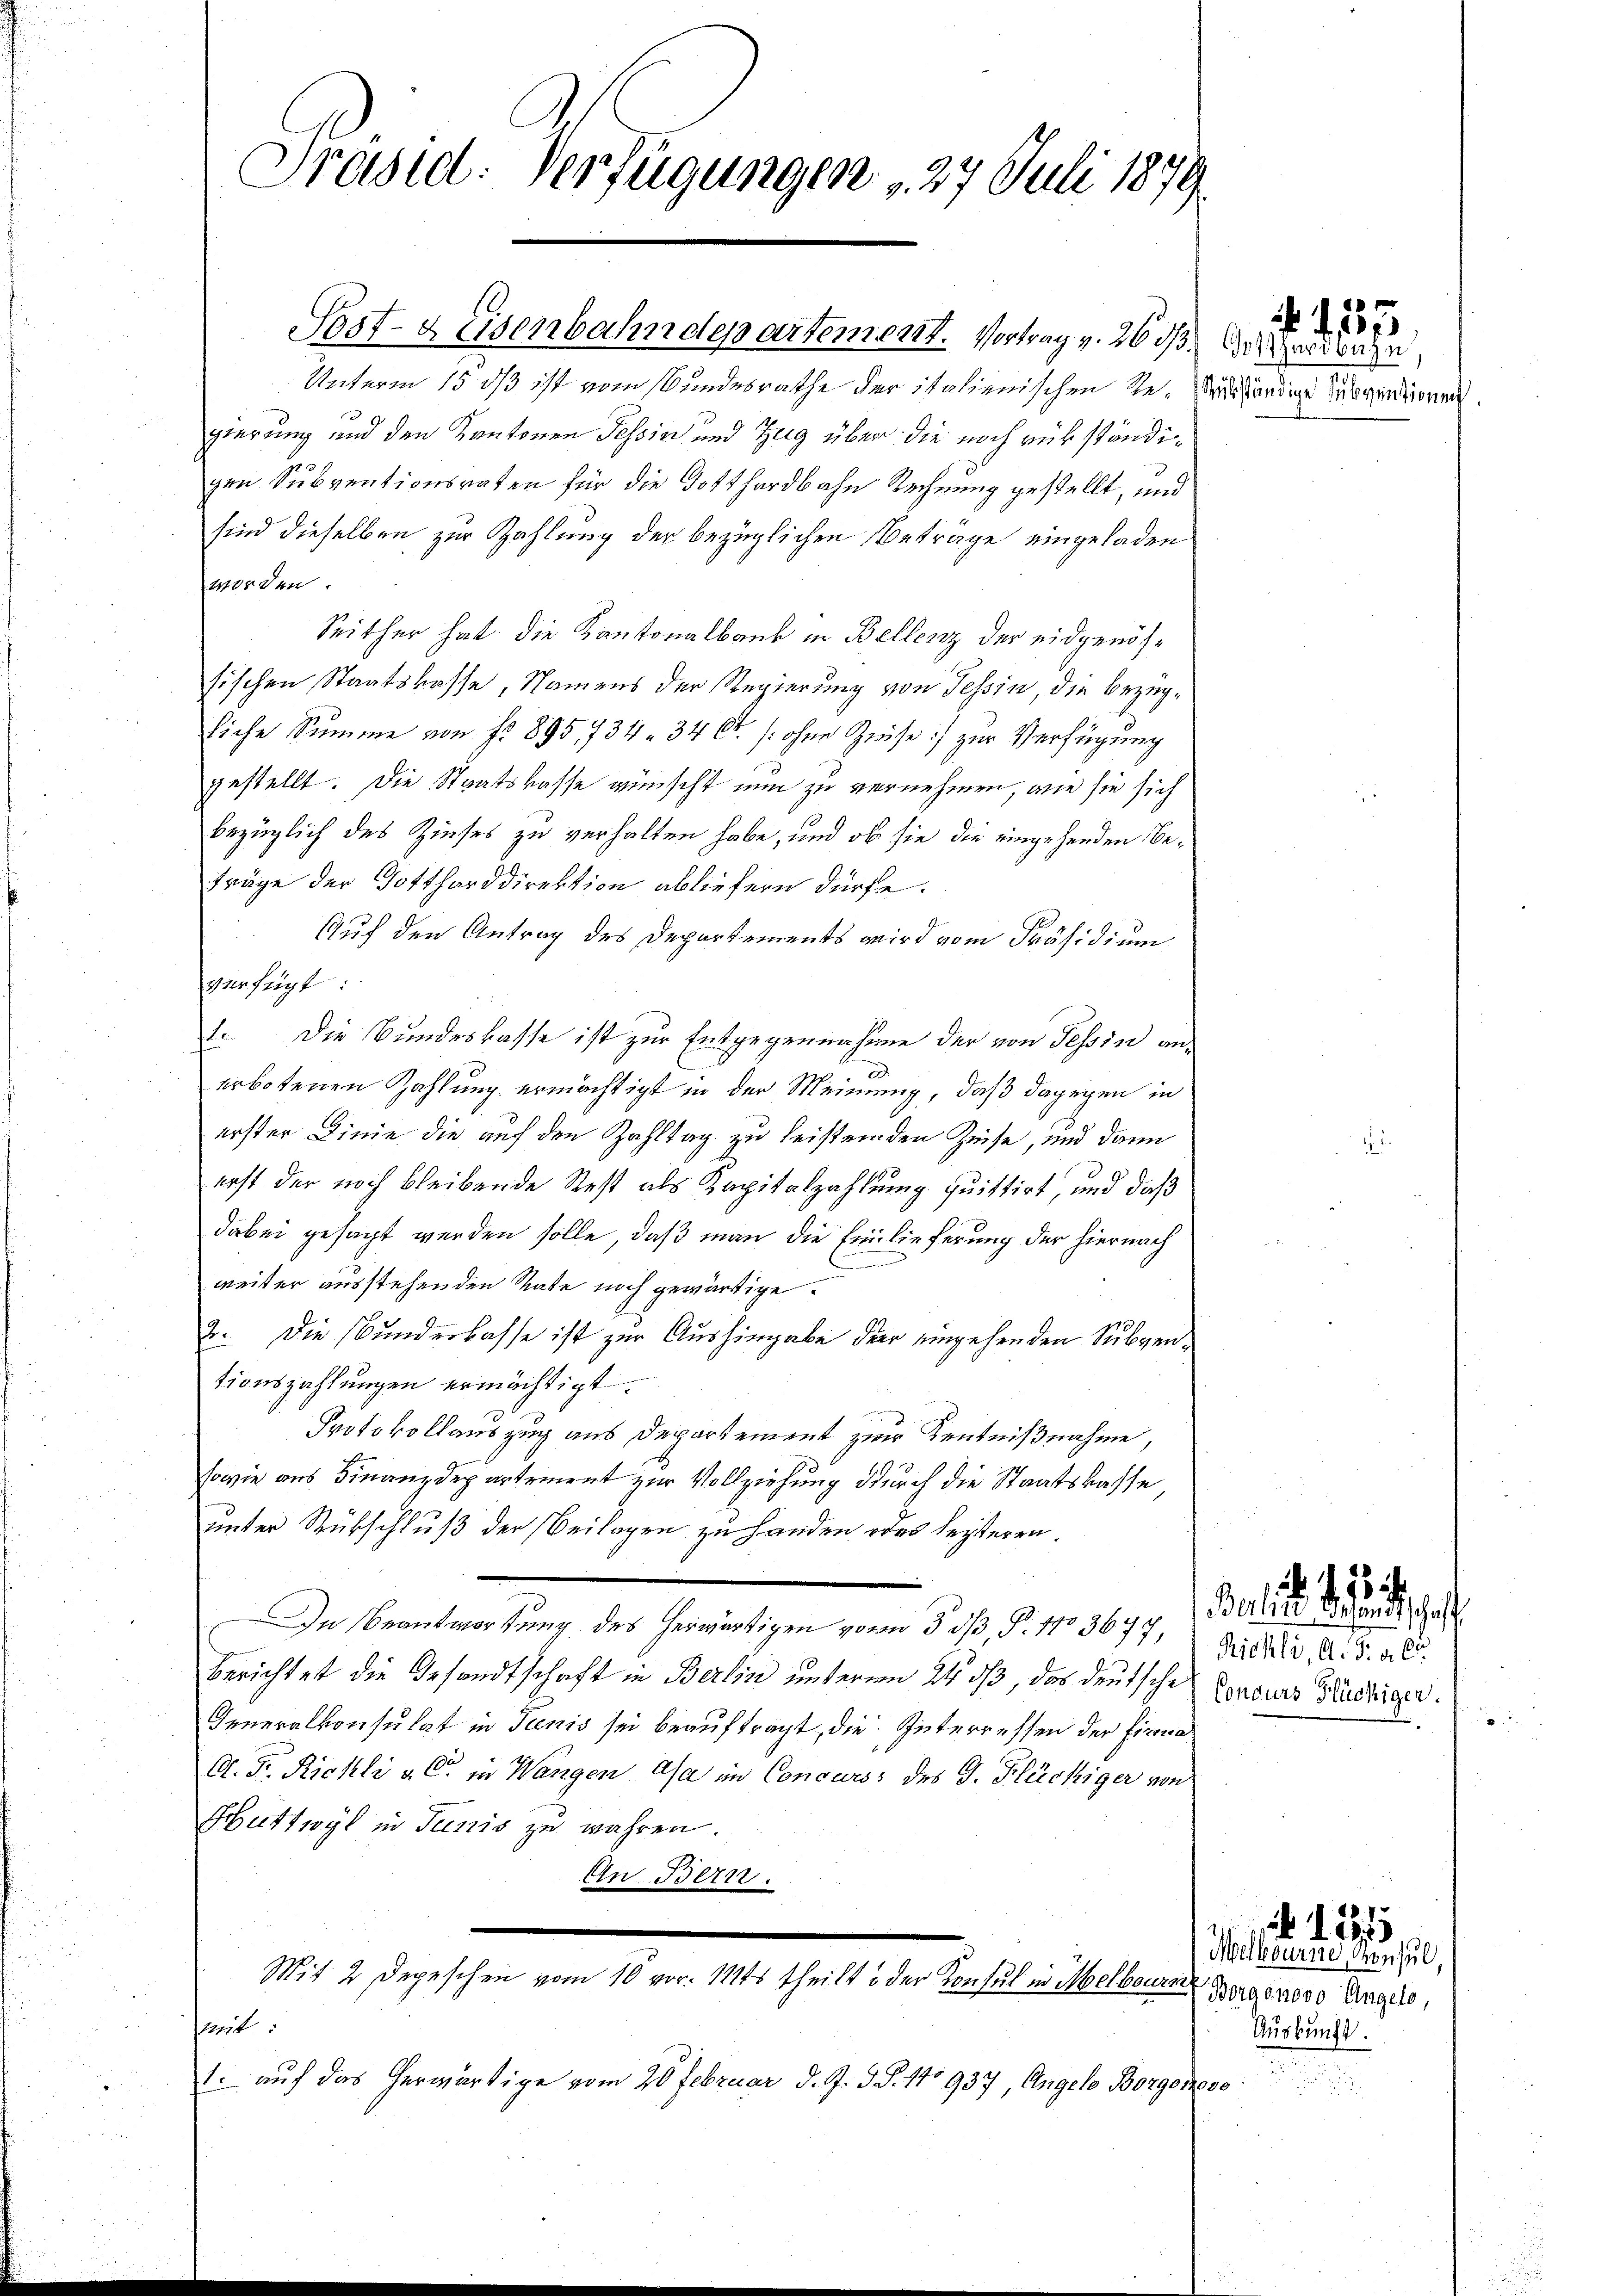
Präsid. Verfügungen , 27 Juli 1879.

Sost- & Eisenbahndepartement. Vortrag v. 26 dß.

Unterm 15 dß ist vom Bundesrathe der italienischen Re- Prushändige Subventionen.
gierung und den Kantonen Tessin und Zug über die noch rükständigen Subventionsraten für die Gotthardbahn Rechnung gestellt, und
sind dieselben zur Zahlung der bezüglichen Betrage eingeladen
worden.
Seither hat die Kantonalbank in Bellenz der eidgenössischen Staatskasse, Namens der Regierung von Tessin, die bezügliche Summe von Fr. 895, 734. 34 Ct. /: ohne Zinse) zur Verfügung
gestellt. Die Staatskasse wünscht nun zu vernehmen, wie sie sich
bezüglich des Zinses zu verhalten habe, und ob sie die eingehenden Befräge der Gottharddirektion abliefern dürfe.
Auf den Antrag des Departements wird vom Präsidium
verfügt:
1. Die Bundeskasse ist zur Entgegennahme der von Tessin an¬
D
erbotenen Zahlung ermächtigt in der Meinung, daß dagegen in
erster Linie die auf den Zahltag zu leisten den Zeise, und dann
erst der noch bleibende Rest als Kapitalzahlung quittirt, und daß
dabei gesagt werden solle, daß man die Einlieferung der hiernach
weiter ausstehenden Rate noch gewärtige.
2. Die Bunderlasse ist zur Aushingabe der eingehenden Subventionszahlungen ermächtigt.
Protokollauszug aus Departement zur Kenntnißnahme,
sowie aus Finanzdepartement zur Vollziehung durch die Staatskasse
unter Rückschluß der Beilagen zu handen oder leisteren.
In Beantwortung des herwärtigen von 5 0/, P. 1103677, des 18 . . . .
berichtet die Gesandtschaft in Berlin unteren 24 dß, das deutsche Concurs Glückiger.
Generalkonsulat in Junis sei beauftragt, die Interressen der Firma
A. Fr. Richli v. C. in Wangen Asa im Concurs des J. Flückiger von
Huttwyl in Junis zu wahren.
In Bern.
.
Mit 2 Depeschen vom 10 vor. 112ts theilt u der Konsul in Melbouren Bergoroso Hagele,
Mit
1. auf das herwärtige vom 20 Februar d. J. J. J. No 937, Angele Borgonese

Gotthardbahn,

l entscha

1

125

Melbourne, Konsul,
Auskunft.